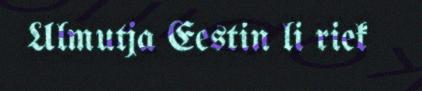
Ulmutja Eestin li riek